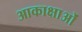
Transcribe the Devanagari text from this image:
आकाक्षाओं